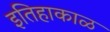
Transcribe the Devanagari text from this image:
इतिहाकाळ